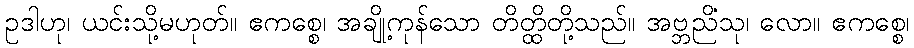
ဥဒါဟု၊ ယင်းသို့မဟုတ်။ ဧကစ္စေ၊ အချို့ကုန်သော တိတ္ထိတို့သည်။ အဗ္ဘညိံသု၊ လော။ ဧကစ္စေ၊